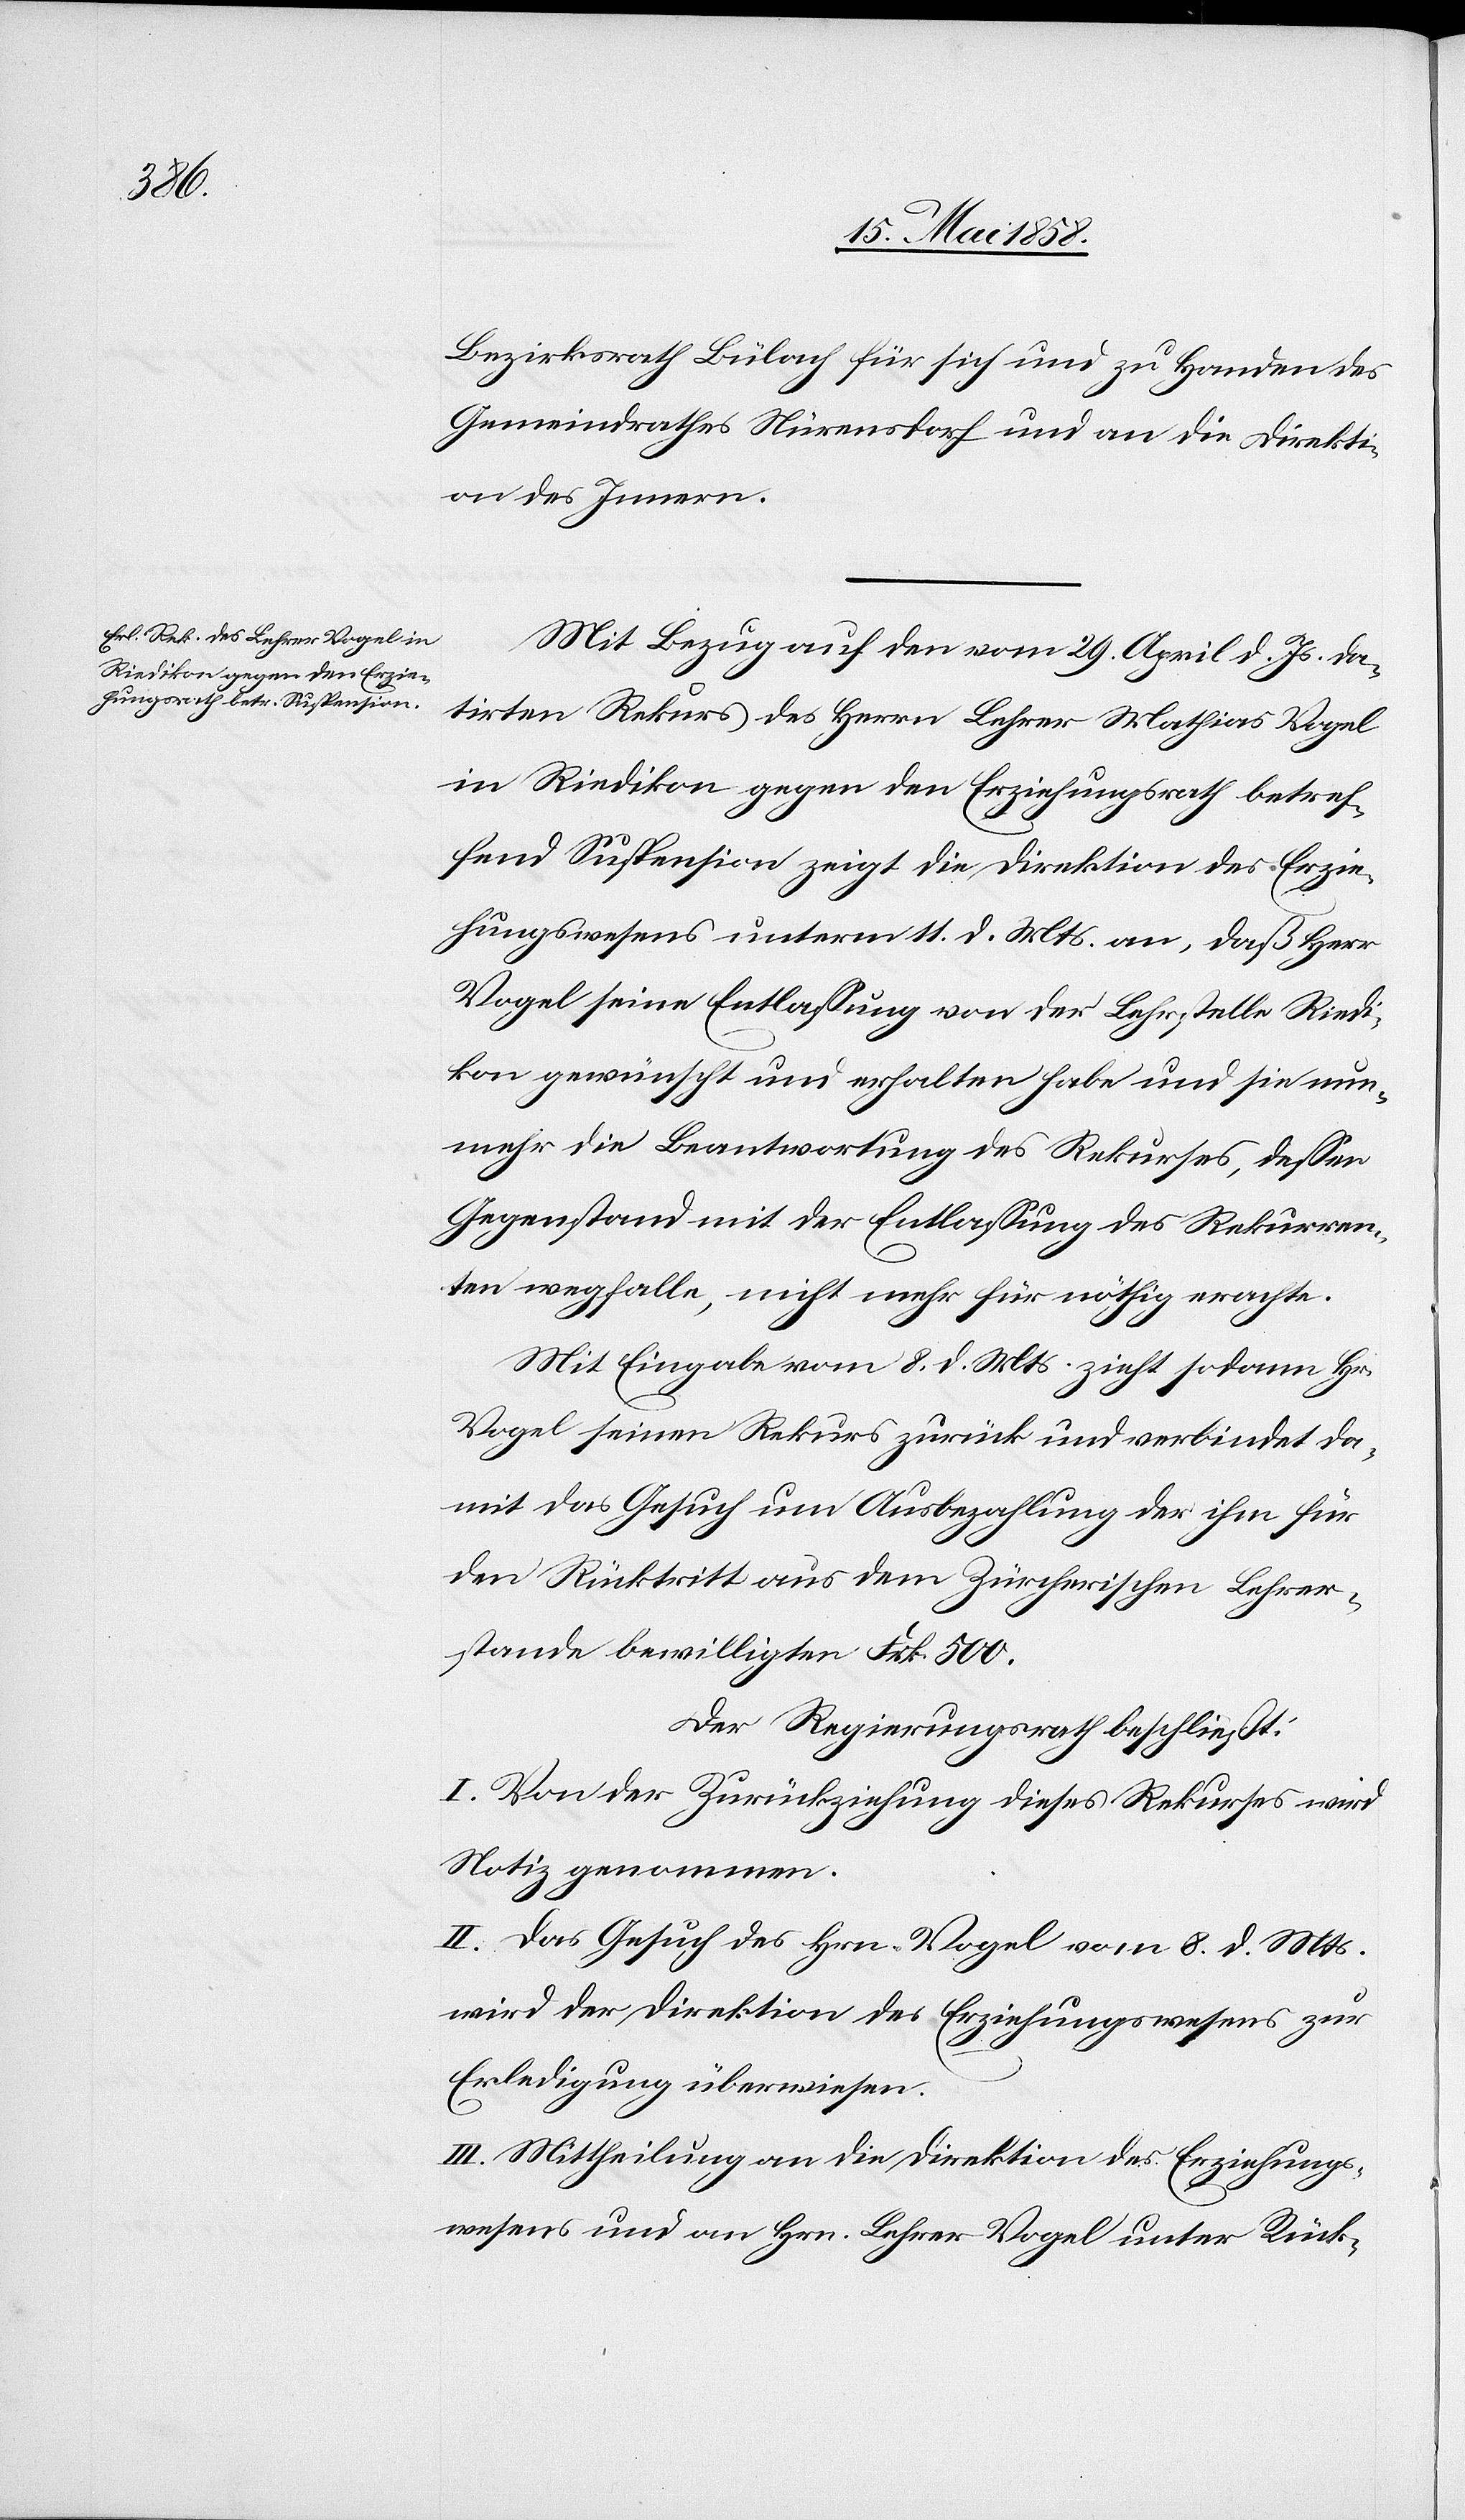
Bezirksrath Bülach für sich und zu Handen des
Gemeindrathes Nürensdorf und an die Direkti¬
on des Innern.
Mit Bezug auf den vom 29. April d. Js. da¬
tirten Rekurs des Herrn Lehrer Mathias Vogel
in Riedikon gegen den Erziehungsrath betref¬
fend Suspension zeigt die Direktion des Erzie¬
hungswesens unterm 11. d. Mts. an, daß Herr
Vogel seine Entlassung von der Lehrstelle Riedi¬
kon gewünscht und erhalten habe und sie nun¬
mehr die Beantwortung des Rekurses, dessen
Gegenstand mit der Entlassung des Rekurren¬
ten wegfalle, nicht mehr für nöthig erachte.
Mit Eingabe vom 8. d. Mts. zieht sodann Herr
Vogel seinen Rekurs zurück und verbindet da¬
mit das Gesuch um Ausbezahlung der ihm für
den Rücktritt aus dem Zürcherischen Lehrer¬
stande bewilligten Frk. 500.
Der Regierungsrath beschließt:
I. Von der Zurückziehung dieses Rekurses wird
Notiz genommen.
II. Das Gesuch des Hrn. Vogel vom 8. d. Mts.
wird der Direktion des Erziehungswesens zur
Erledigung überwiesen.
III. Mittheilung an die Direktion des Erziehungs¬
wesens und an Hrn. Lehrer Vogel unter Rück-